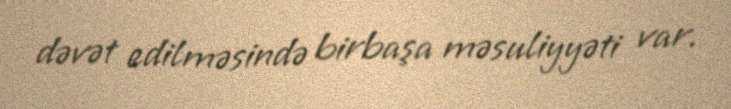
dəvət edilməsində birbaşa məsuliyyəti var.